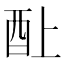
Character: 𰼃